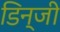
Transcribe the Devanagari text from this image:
डिन्जी